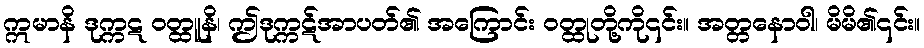
ဣမာနိ ဒုက္ကဋ ဝတ္ထူနိ၊ ဤဒုက္ကဋ်အာပတ်၏ အကြောင်း ဝတ္ထုတို့ကို၎င်း။ အတ္တနောဝါ၊ မိမိ၏၎င်း။